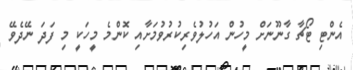
އެންޓި ޓޯޗާ ގާނޫނަށް މީހުން އަހުލުވެރިކުރުވުމަށާއި ކޮންމެ މީހަކީ މި ފަދަ ނޭދެވޭ